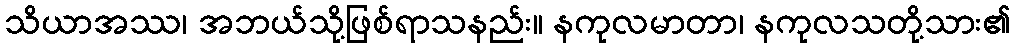
သိယာအဿ၊ အဘယ်သို့ဖြစ်ရာသနည်း။ နကုလမာတာ၊ နကုလသတို့သား၏